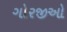
ગોરજીઓ